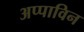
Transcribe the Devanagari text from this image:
अप्पाविन